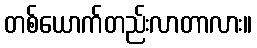
တစ်ယောက်တည်းလာတာလား။